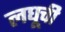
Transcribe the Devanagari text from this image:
लघूची